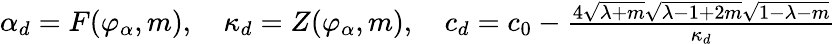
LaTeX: \begin{array}{r}{\alpha_{d}=F(\varphi_{\alpha},m),\quad\kappa_{d}=Z(\varphi_{\alpha},m),\quad c_{d}=c_{0}-\frac{4\sqrt{\lambda+m}\sqrt{\lambda-1+2m}\sqrt{1-\lambda-m}}{\kappa_{d}}}\end{array}